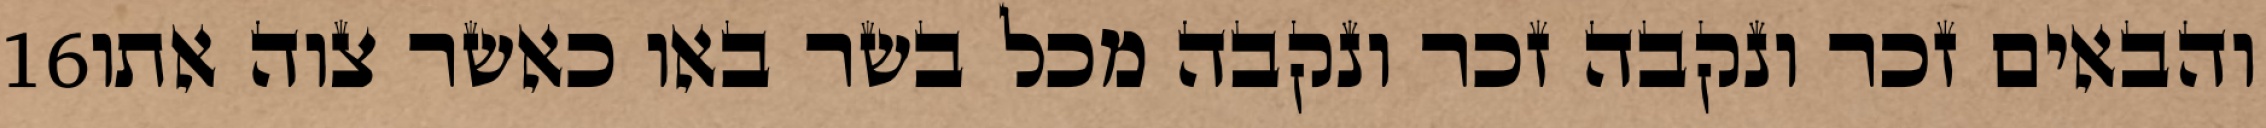
‎16‏ והבאים זכר ונקבה זכר ונקבה מכל בשר באו כאשר צוה אתו